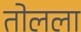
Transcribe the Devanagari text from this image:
तोलला